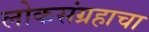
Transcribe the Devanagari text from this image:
लोकसंग्रहाचा